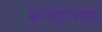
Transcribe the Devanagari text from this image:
बल्लारशहा